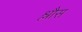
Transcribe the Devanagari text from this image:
श्लौस